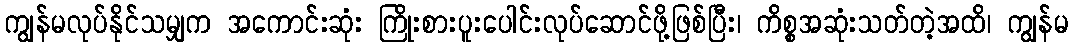
ကျွန်မလုပ်နိုင်သမျှက အကောင်းဆုံး ကြိုးစားပူးပေါင်းလုပ်ဆောင်ဖို့ဖြစ်ပြီး၊ ကိစ္စအဆုံးသတ်တဲ့အထိ၊ ကျွန်မ